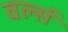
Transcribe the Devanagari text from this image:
वर्ल्स